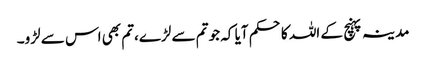
مدینہ پہنچ کے اللہ کاحکم آیا کہ جو تم سے لڑے،تم بھی اس سے لڑو۔